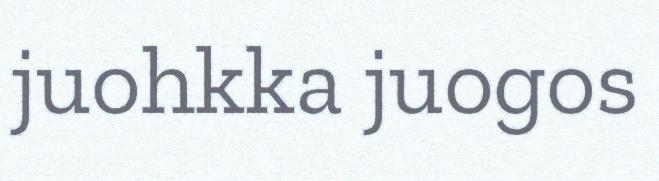
juohkka juogos